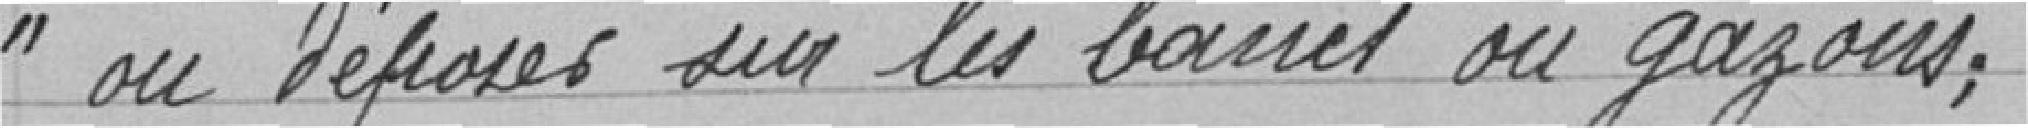
"ou déposer sur les bancs ou gazons,